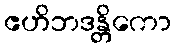
ဧဟိဘဒန္တိကော